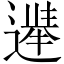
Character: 𫑀